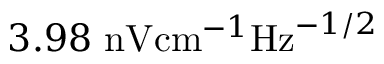
3 . 9 8 \ \mathrm { n V } \mathrm { c m } ^ { - 1 } \mathrm { H z } ^ { - 1 / 2 }